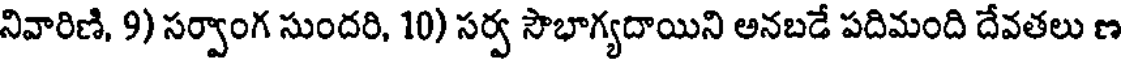
నివారిణి, 9) సర్వాంగ సుందరి, 10) సర్వ సౌభాగ్యదాయిని అనబడే పదిమంది దేవతలు ణ